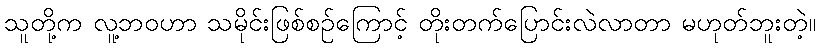
သူတို့က လူ့ဘဝဟာ သမိုင်းဖြစ်စဉ်ကြောင့် တိုးတက်ပြောင်းလဲလာတာ မဟုတ်ဘူးတဲ့။